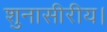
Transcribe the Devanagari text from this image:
शुनासीरीय।